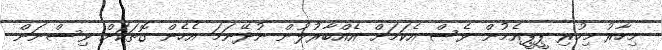
މިހާރު މިހުރި ޕީޕީއެމުން ވެސް އެކަމަށް އެއްބާރުލުން ނުދޭނަމަ އެހެން ގޮތަކަށް ވިސްނަން